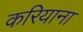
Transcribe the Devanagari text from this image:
करियाना